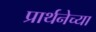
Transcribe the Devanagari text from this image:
प्रार्थनेच्या